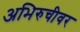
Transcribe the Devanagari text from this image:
अभिरुचीवर